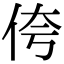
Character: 侉